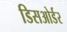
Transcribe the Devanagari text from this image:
डिसओर्डर